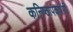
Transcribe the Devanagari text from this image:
कनिष्ठापकर्षणी